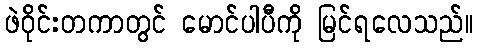
ဖဲဝိုင်းတကာတွင် မောင်ပါပီကို မြင်ရလေသည်။